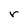
Character: r